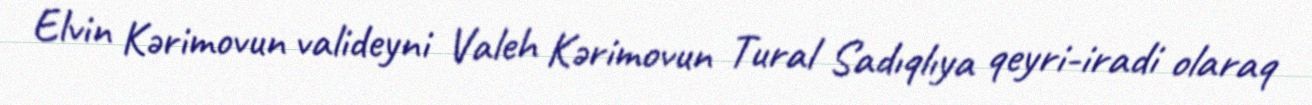
Elvin Kərimovun valideyni Valeh Kərimovun Tural Sadıqlıya qeyri-iradi olaraq